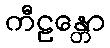
ကီဠန္တော